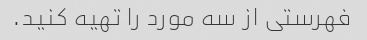
فهرستی از سه مورد را تهیه کنید.